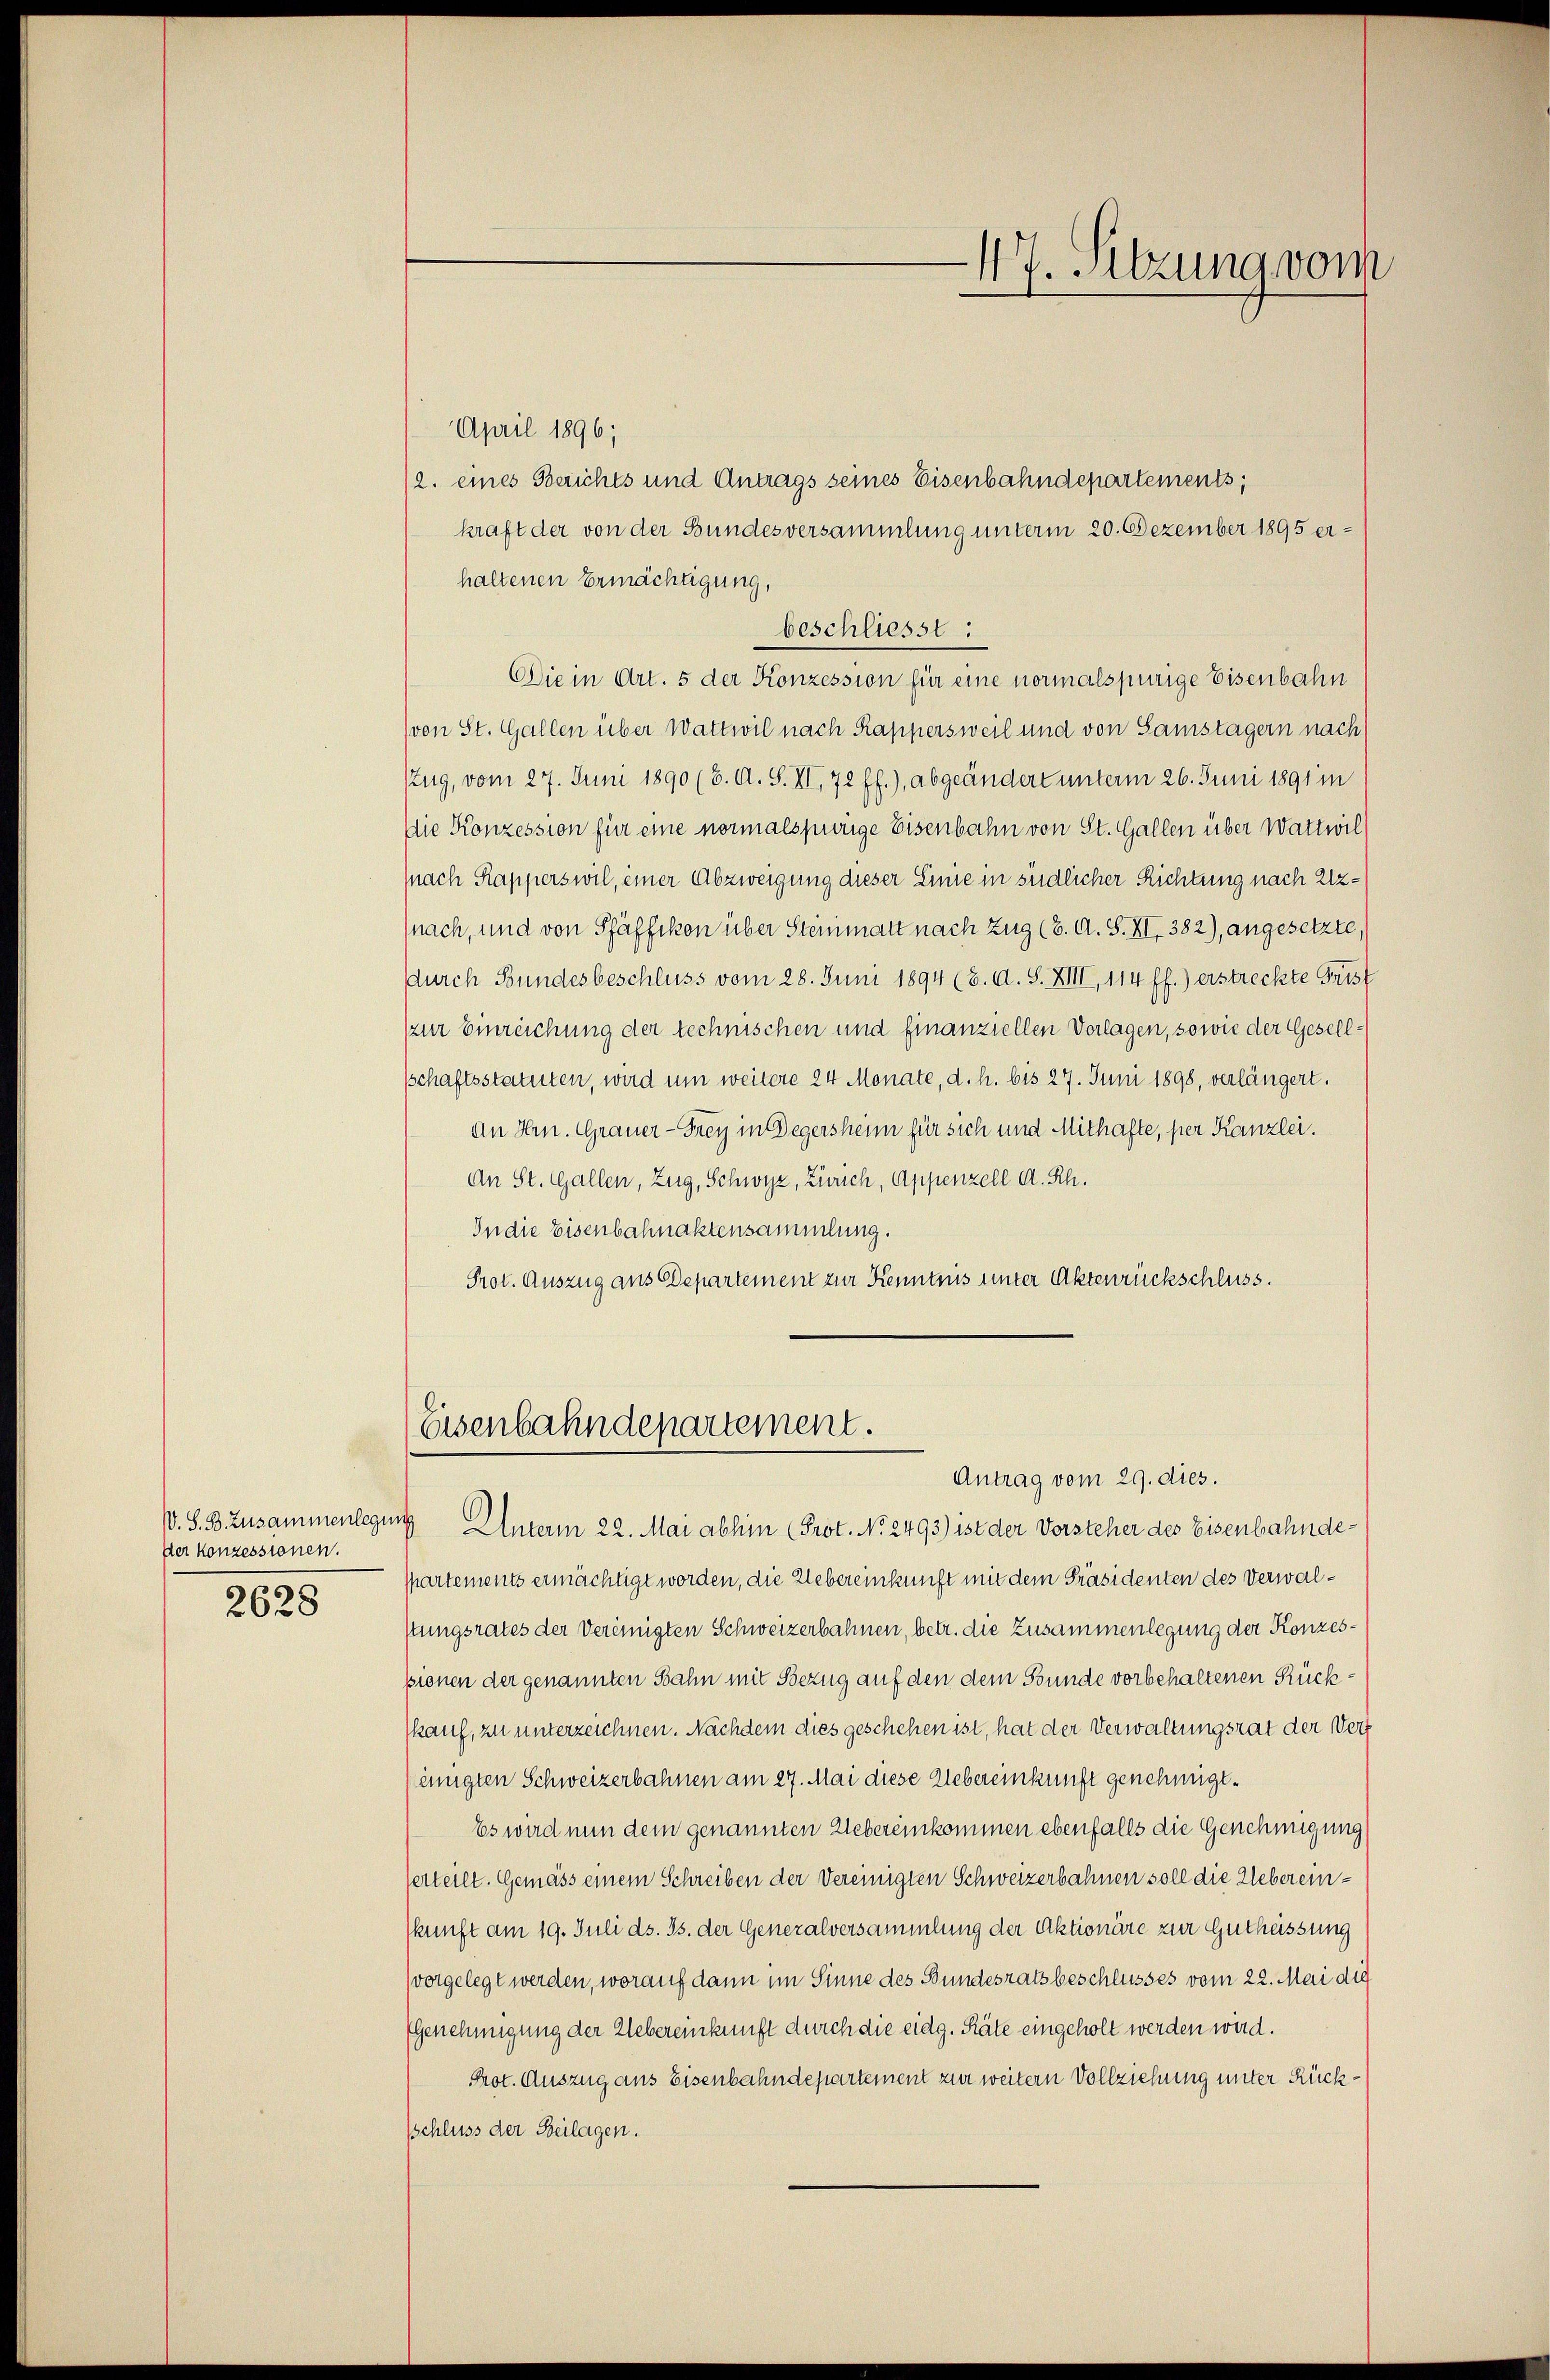
Der Konzessionen.
2628

April 1896;
/2. eines Berichts und Antrags seines Eisenbahndepartements,
kraft der von der Bundesversammlung unterm 20. Dezember 1895 er-
haltenen Ermächtigung,
beschliesst :
Die in Art. 5 der Konzession für eine normalspurige Eisenbahn
(von St. Gallen über Wattwil nach Rappersweil und von Samstagern nach
ZZug, vom 27. Juni 1890 (8. A. S. VI, 72 ff.), abgeändert unterm 26. Juni 1891 in
Die Konzession für eine normalspurige Eisenbahn von St. Gallen über Wattwil
(nach Rapperswil, einer Abzweigung dieser Linie in südlicher Richtung nach Uz¬
(nach, und von Pfäffikon über Steinmatt nach Zug (2. A. S. XI. 382), angesetzte
durch Bundesbeschluss vom 28. Juni 1894 (8. d. S. XIII, 114 ff.) erstreckte Frist
zur Einreichung der technischen und finanziellen Vorlagen, sowie der Gesellsschaftsstatuten, wird um weitere 24 Monate, d. h. bis 27. Juni 1898, verlängert.
an Hrn. Grauer-Frey in Begersheim für sich und Mithafte, per Kanzlei.
An St. Gallen, Zug, Schwyz, Zürich, Appenzell A. Rh.
In die Eisenbahnaktensammlung.
Prot. Auszug aus Departement zur Kenntnis unter Aktenrückschluss.

V. S. B. Zusammenlegung Unterm 22. Mai abhin (Prot. No. 2493) ist der Vorsteher des Eisenbahndespartements ermächtigt worden, die Uebereinkunft mit dem Präsidenten des Verwalstungsrates der Vereinigten Schweizerbahnen, betr. die Zusammenlegung der Konzespionen der genannten Sahn mit Bezug auf den dem Bunde vorbehaltenen Rückkauf, zu unterzeichnen. Nachdem dies geschehen ist, hat der Verwaltungsrat der Verf
(einigten Schweizerbahnen am 27. Mai diese Uebereinkunft genehmigt.
Es wird nun dem genannten Uebereinkommen ebenfalls die Genehmigung
Verteilt. Gemäss einem Schreiben der Vereinigten Schweizerbahnen soll die Uebereinskunft am 19. Juli ds. Js. der Generalversammlung der Aktionäre zur Gutheissung
(vorgelegt werden, worauf dann im Sinne des Bundesratsbeschlusses vom 22. Mai die
(Genehmigung der Uebereinkunft durch die eidg. Räte eingeholt werden wird.
Prot. Auszug aus Eisenbahndepartement zur weitern Vollziehung unter Rücksschluss der Beilagen.

Eisenbahndepartement.
Antrag vom 29. dies.

17. Sitzung vom